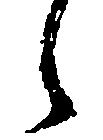
之